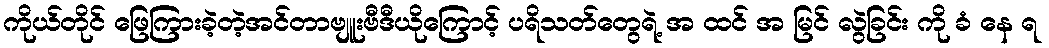
ကိုယ်တိုင် ဖြေကြားခဲ့တဲ့အင်တာဗျူးဗီဒီယိုကြောင့် ပရိသတ်တွေရဲ့ အ ထင် အ မြင် လွဲခြင်း ကို ခံ နေ ရ